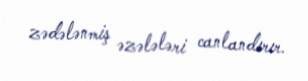
zədələnmiş əzələləri canlandırır.